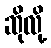
ဆိုလို့